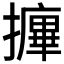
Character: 𰔷